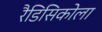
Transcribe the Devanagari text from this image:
रैडिसिकोला